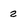
Character: 2